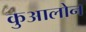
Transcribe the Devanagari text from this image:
कुआलोन